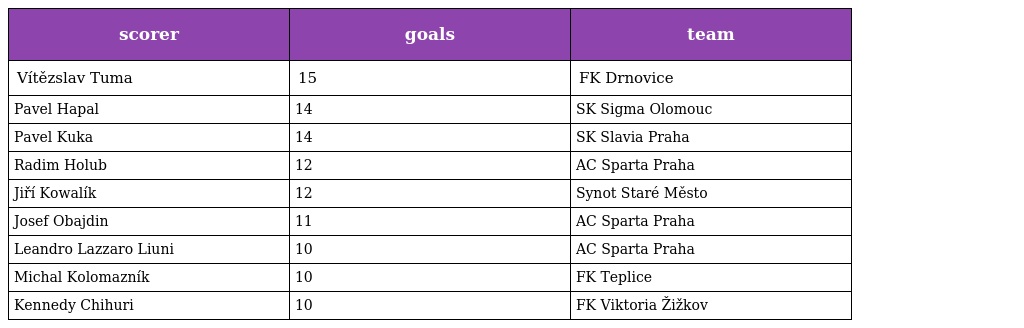
| scorer | goals | team |
 | --- | --- | --- |
 | Vítězslav Tuma | 15 | FK Drnovice |
 | Pavel Hapal | 14 | SK Sigma Olomouc |
 | Pavel Kuka | 14 | SK Slavia Praha |
 | Radim Holub | 12 | AC Sparta Praha |
 | Jiří Kowalík | 12 | Synot Staré Město |
 | Josef Obajdin | 11 | AC Sparta Praha |
 | Leandro Lazzaro Liuni | 10 | AC Sparta Praha |
 | Michal Kolomazník | 10 | FK Teplice |
 | Kennedy Chihuri | 10 | FK Viktoria Žižkov |